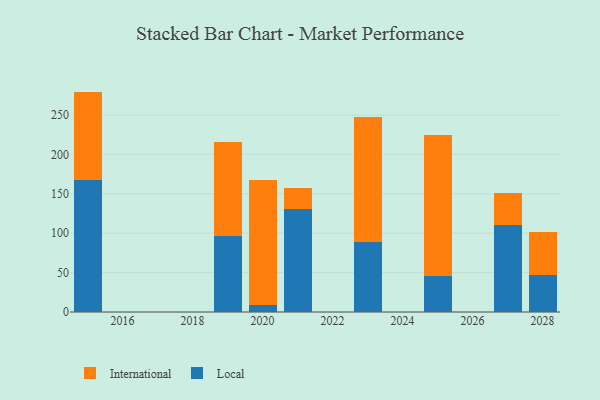
{"axis": {"x": "Year", "y": "LTV (USD)"}, "legend": ["International", "Local"], "data": [{"x": "2023", "y": 88.5, "type": "Local"}, {"x": "2023", "y": 159.2, "type": "International"}, {"x": "2021", "y": 130.7, "type": "Local"}, {"x": "2021", "y": 26.5, "type": "International"}, {"x": "2020", "y": 8.8, "type": "Local"}, {"x": "2020", "y": 158.6, "type": "International"}, {"x": "2015", "y": 168.0, "type": "Local"}, {"x": "2015", "y": 111.6, "type": "International"}, {"x": "2025", "y": 45.2, "type": "Local"}, {"x": "2025", "y": 179.3, "type": "International"}, {"x": "2019", "y": 96.1, "type": "Local"}, {"x": "2019", "y": 119.2, "type": "International"}, {"x": "2028", "y": 47.0, "type": "Local"}, {"x": "2028", "y": 54.6, "type": "International"}, {"x": "2027", "y": 110.2, "type": "Local"}, {"x": "2027", "y": 40.2, "type": "International"}]}